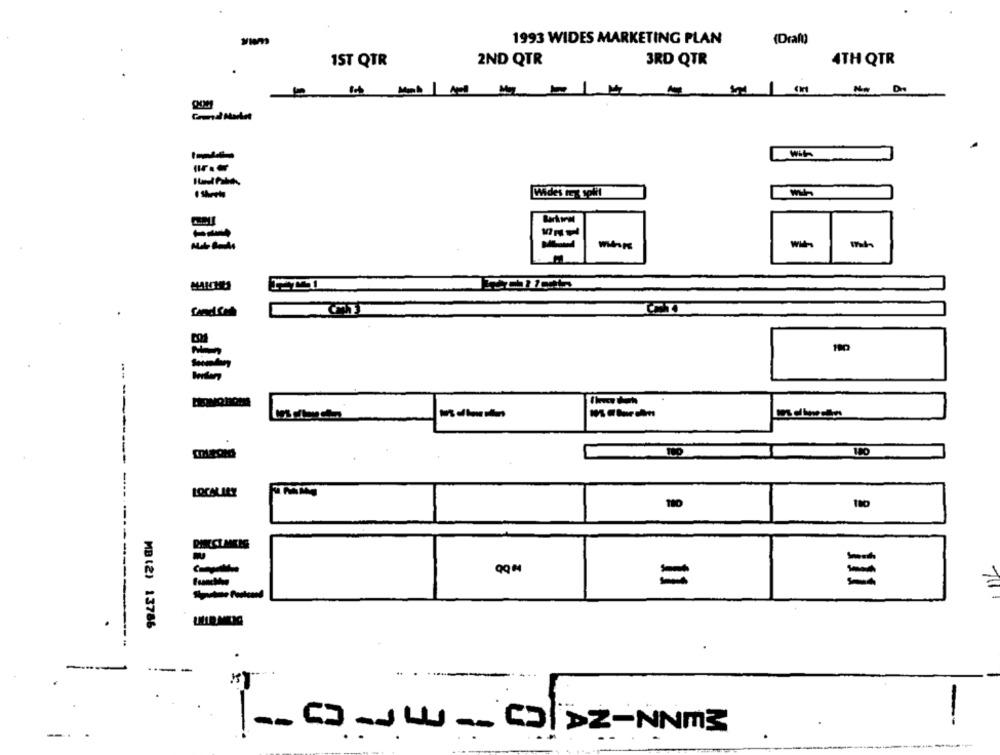
1993 WIDES MARKETING PLAN
(Draft)
IST QTR
2ND QTR
3RD QTR
4TH QTR
· Skrete
-
---
LOCALILE
110
RIRECLAMES
=
MB (2) 13786
--
--
-- CD-JLU __ CDZ-NNm3